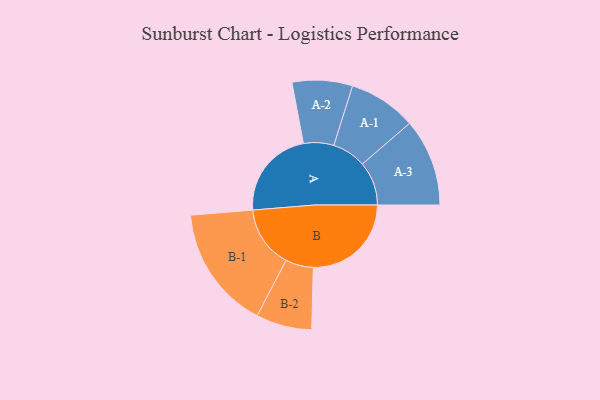
{"axis": {"x": "Segment", "y": "Value"}, "legend": ["", "A", "B"], "data": [{"x": "A", "y": 358, "type": ""}, {"x": "B", "y": 390, "type": ""}, {"x": "A-1", "y": 135, "type": "A"}, {"x": "A-2", "y": 120, "type": "A"}, {"x": "A-3", "y": 174, "type": "A"}, {"x": "B-1", "y": 246, "type": "B"}, {"x": "B-2", "y": 111, "type": "B"}]}